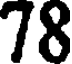
78